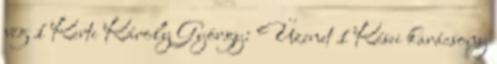
vég 1 Kerti Károly György: Üzenet 1 Kései karácsony